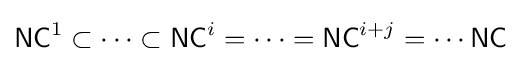
{\mathsf {NC}}^{1}\subset \cdots \subset {\mathsf {NC}}^{i}=\cdots ={\mathsf {NC}}^{i+j}=\cdots {\mathsf {NC}}